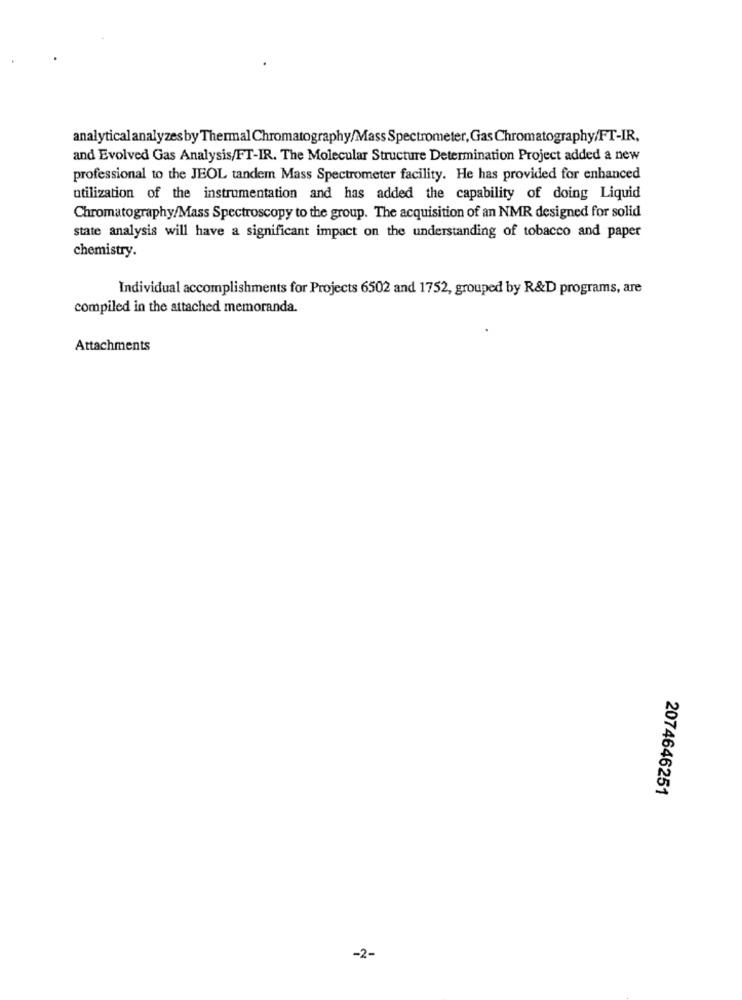
analytical analyzes by Thermal Chromatography/Mass Spectrometer, Gas Chromatography/FT-IR,
and Evolved Gas Analysis/FT-IR. The Molecular Structure Determination Project added a new
professional to the JEOL tandem Mass Spectrometer facility. He has provided for enhanced
utilization of the instrumentation and has added the capability of doing Liquid
Chromatography/Mass Spectroscopy to the group. The acquisition of an NMR designed for solid
state analysis will have a significant impact on the understanding of tobacco and paper
chemistry.
Individual accomplishments for Projects 6502 and 1752, grouped by R&D programs, are
compiled in the attached memoranda.
Attachments
2074646251
-2-